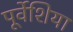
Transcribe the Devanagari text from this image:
पूर्वेशिया